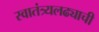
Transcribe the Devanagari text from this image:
स्वातंत्र्यलढ्याची